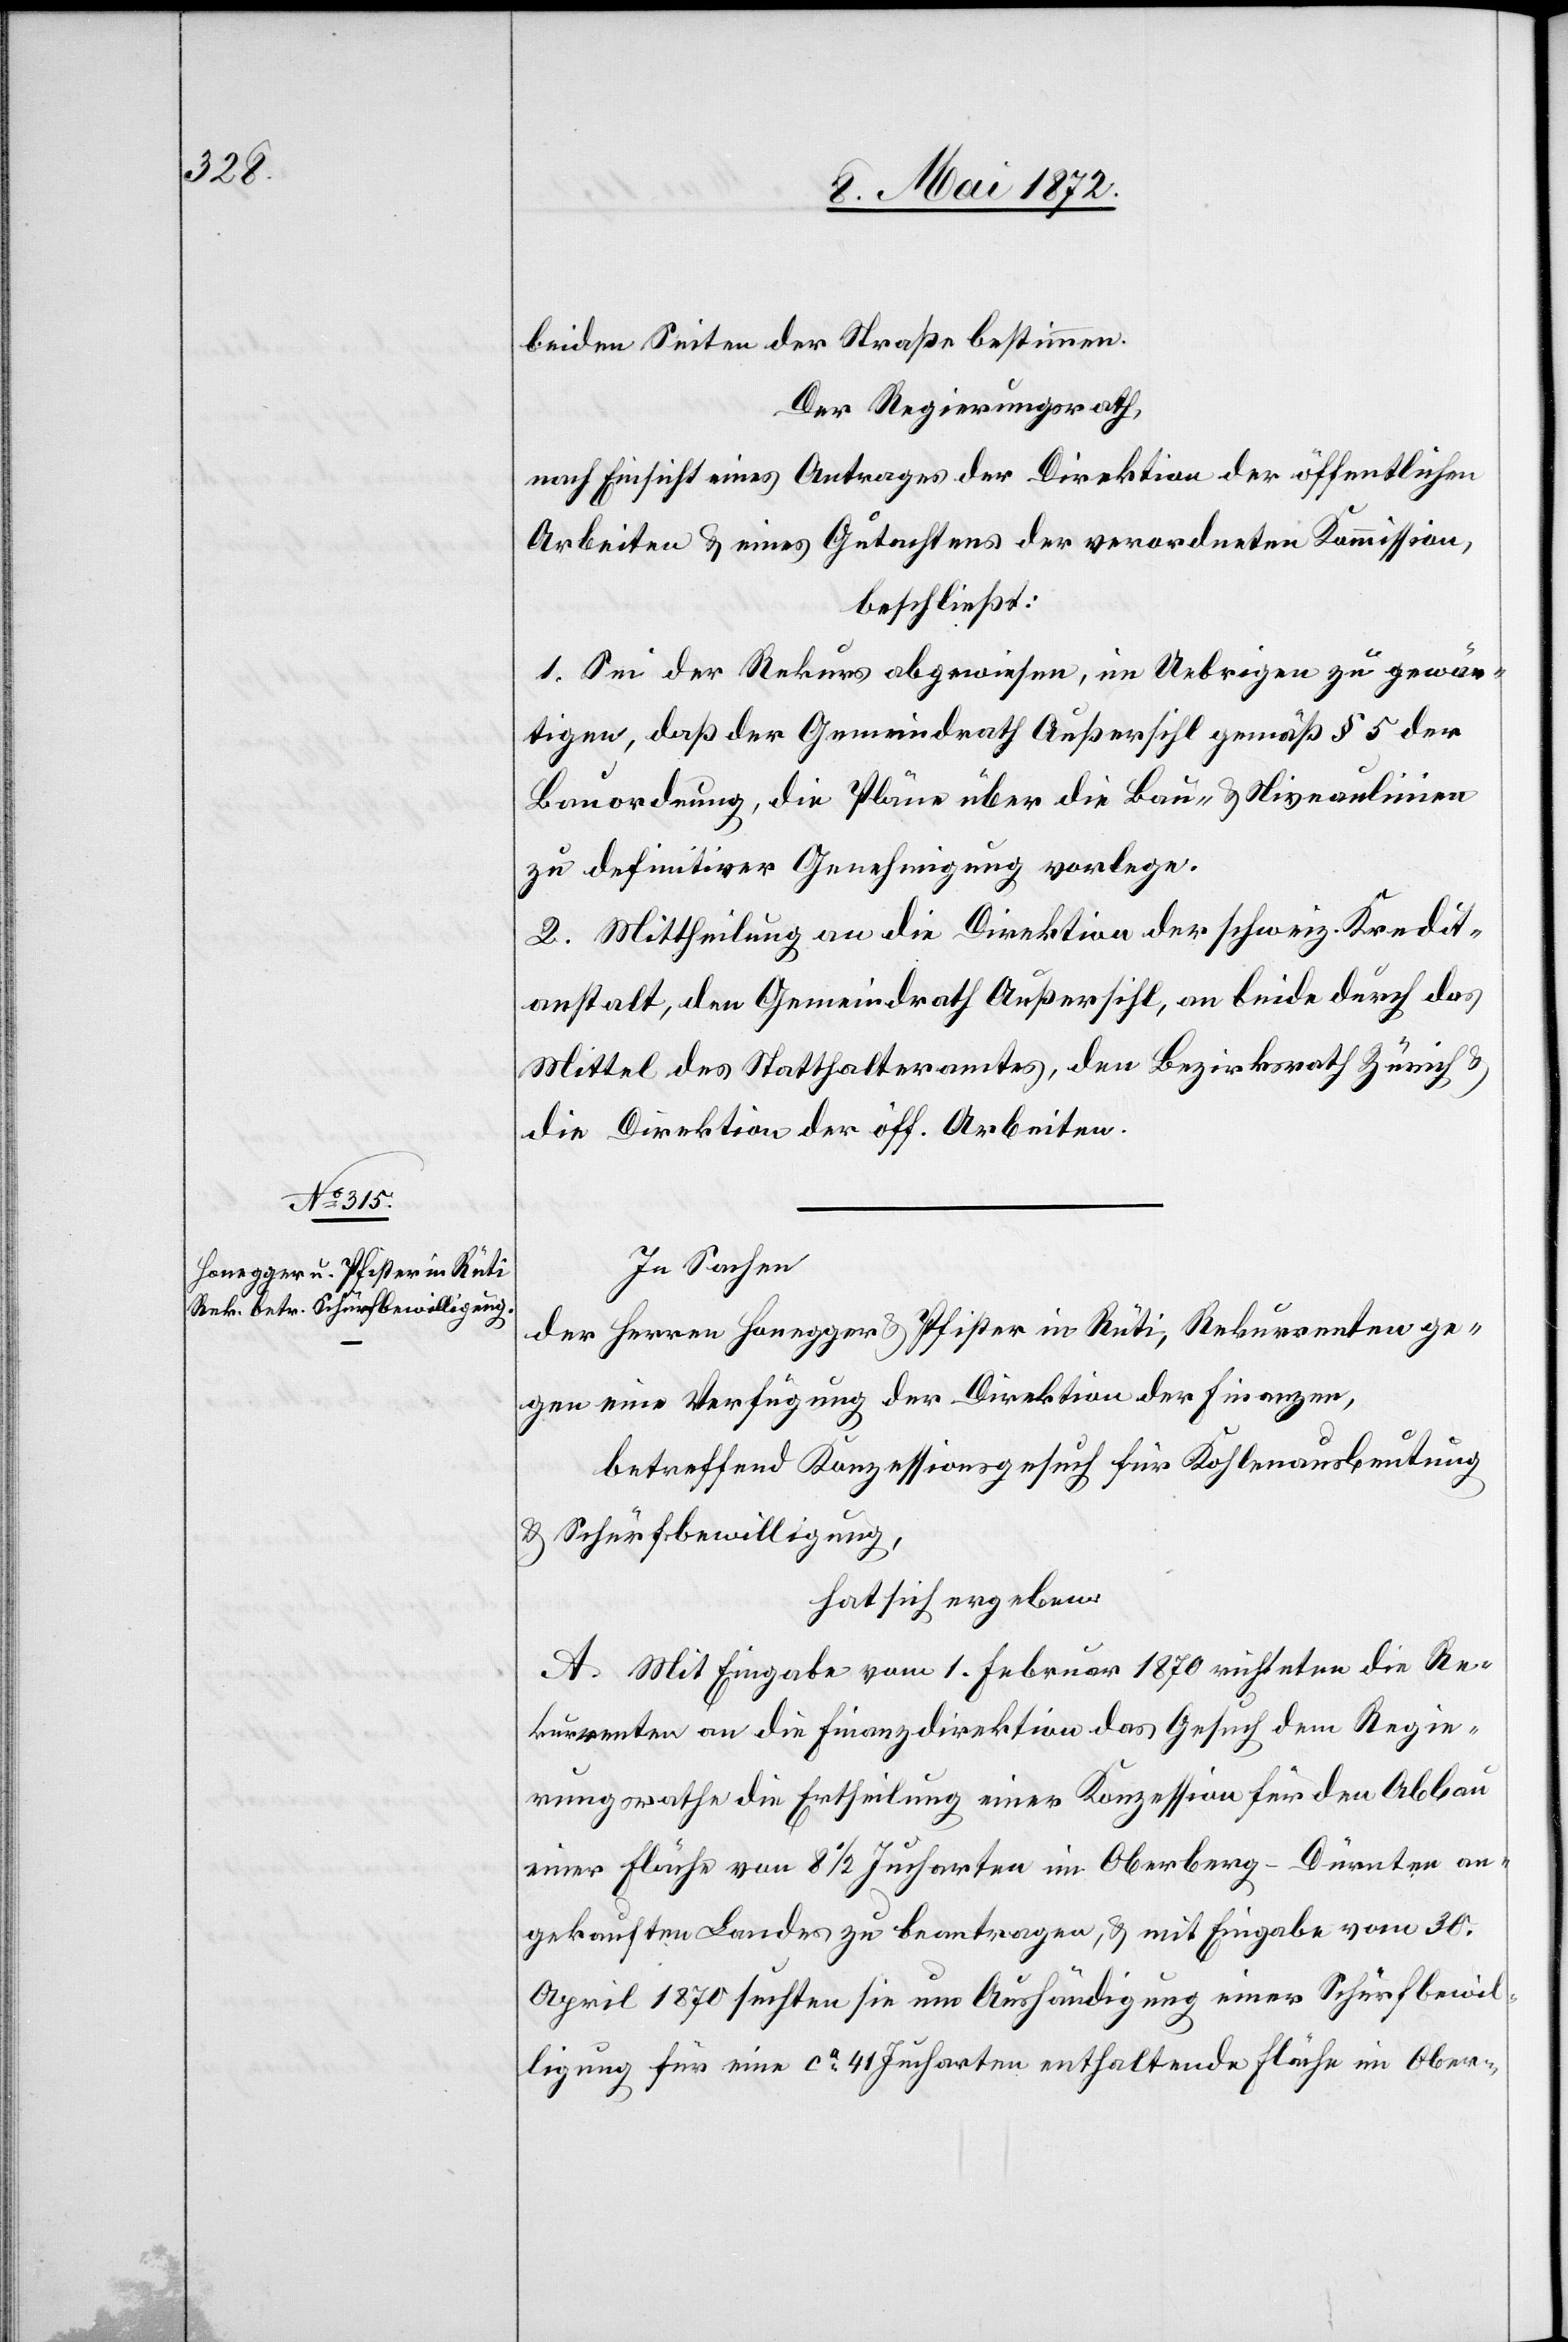
beiden Seiten der Straße bestimmen.
Der Regierungsrath,
nach Einsicht eines Antrages der Direktion der öffentlichen
Arbeiten u. eines Gutachtes der verordneten Kommission,
beschließt:
1. Sei der Rekurs abgewiesen, im Uebrigen zu gewär¬
tigen, daß der Gemeindrath Außersihl gemäß § 5 der
Bauordnung, die Pläne über die Bau- u. Niveaulinien
zu definitiver Genehmigung vorlege.
2. Mittheilung an die Direktion der schweiz. Kredit¬
anstalt, den Gemeindrath Außersihl, an beide durch das
Mittel des Statthalteramtes, den Bezirksrath Zürich u.
die Direktion der öff. Arbeiten.
In Sachen
der Herren Honegger u. Pfister in Rüti, Rekurrenten ge¬
gen eine Verfügung der Direktion der Finanzen,
betreffend Konzessionsgesuch für Kohlenausbeutung
u. Schürfbewilligung,
hat sich ergeben:
A. Mit Eingabe vom 1. Februar 1870 richteten die Re¬
kurrenten an die Finanzdirektion das Gesuch dem Regie¬
rungsrathe die Ertheilung einer Konzession für den Abbau
einer Fläche von 81/2 Jucharten im Oberberg-Dürnten an¬
gekauften Landes zu beantragen, u. mit Eingabe vom 30.
April 1870 suchten sie um Aushändigung einer Schürfbewil¬
ligung für eine ca 41 Jucharten enthaltende Fläche im Ober-